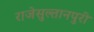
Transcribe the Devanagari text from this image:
राजेसुल्तानपुरी